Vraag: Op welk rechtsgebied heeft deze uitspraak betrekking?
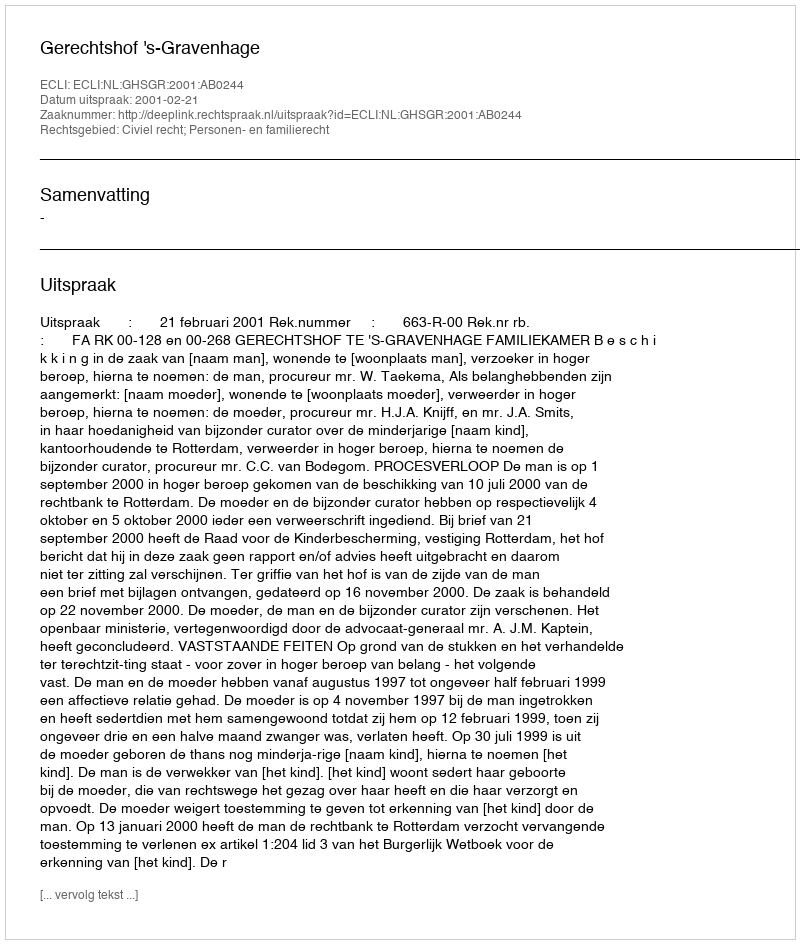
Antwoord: Civiel recht; Personen- en familierecht